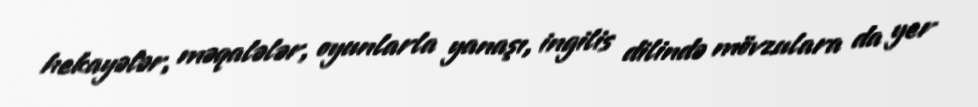
hekayələr, məqalələr, oyunlarla yanaşı, ingilis dilində mövzulara da yer